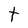
Character: t